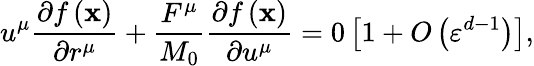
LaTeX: u^{\mu}\frac{\partial f\left(\mathbf{x}\right)}{\partial r^{\mu}}+\frac{F^{\mu}}{M_{0}}\frac{\partial f\left(\mathbf{x}\right)}{\partial u^{\mu}}=0\left[1+O\left(\varepsilon^{d-1}\right)\right],